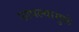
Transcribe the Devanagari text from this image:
छापल्यामुळे